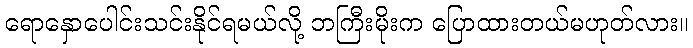
ရောနှောပေါင်းသင်းနိုင်ရမယ်လို့ ဘကြီးမိုးက ပြောထားတယ်မဟုတ်လား။